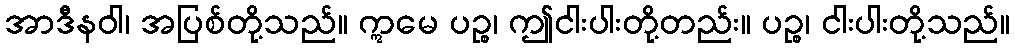
အာဒီနဝါ၊ အပြစ်တို့သည်။ ဣမေ ပဉ္စ၊ ဤငါးပါးတို့တည်း။ ပဉ္စ၊ ငါးပါးတို့သည်။